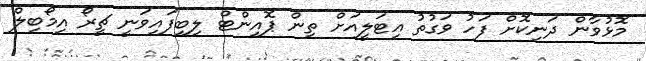
މޮޅުވާން ދަނިކޮށް ފަހު ވަގުތު އިޓަލީއަށް ތިން ޕޮއިންޓް ލިބިފައިވަނީ ޗީރޯ އިމޯބިލް